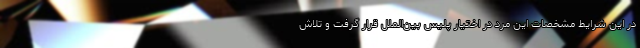
در این شرایط مشخصات این مرد در اختیار پلیس بین‌الملل قرار گرفت و تلاش